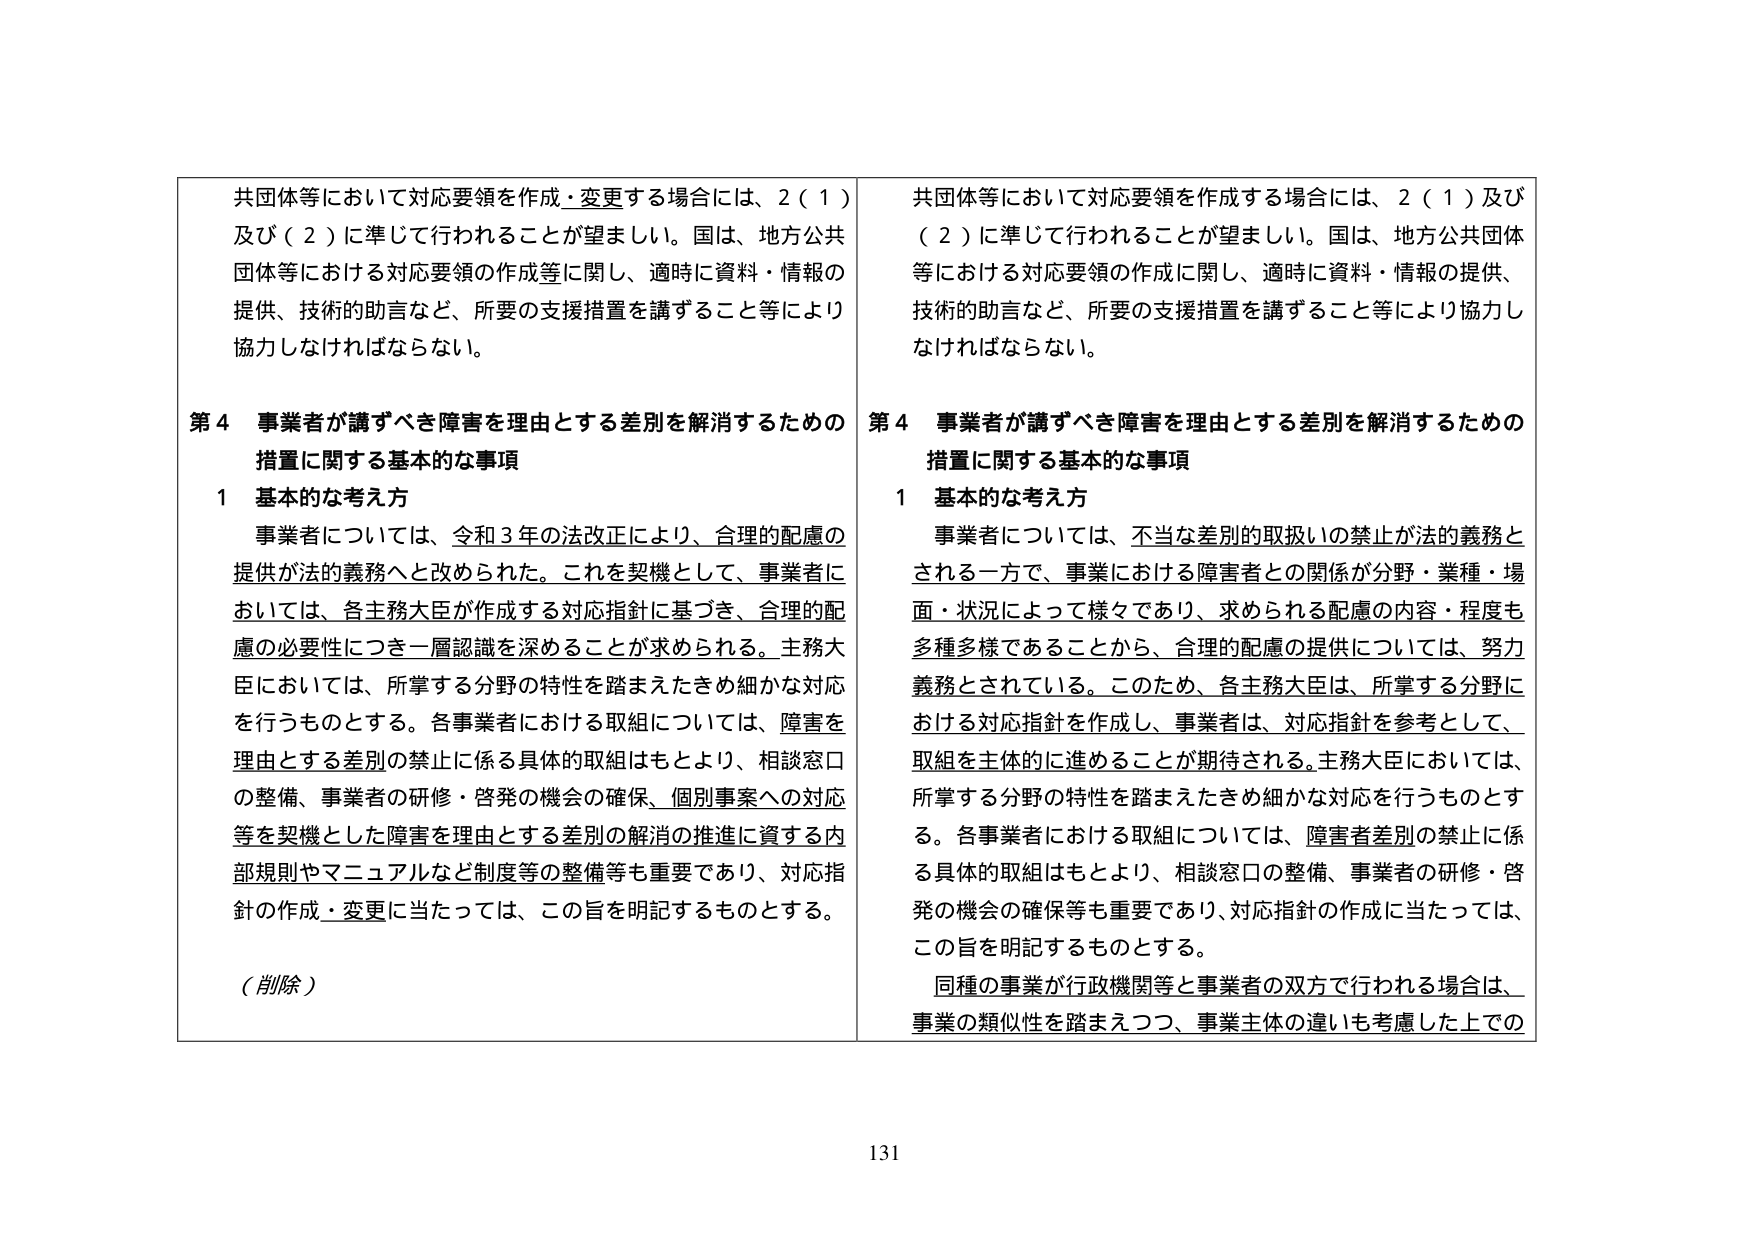
共団体等において対応要領を作成・変更する場合には、2（1）及び（2）に準じて行われることが望ましい。国は、地方公共団体等における対応要領の作成等に関し、適時に資料・情報の提供、技術的助言など、所要の支援措置を講ずること等により協力しなければならない。

第4 事業者が講ずべき障害を理由とする差別を解消するための措置に関する基本的な事項

1 基本的な考え方

事業者については、令和3年の法改正により、合理的配慮の提供が法的義務へと改められた。これを契機として、事業者においては、各主務大臣が作成する対応指針に基づき、合理的配慮の必要性につき一層認識を深めることが求められる。主務大臣においては、所掌する分野の特性を踏まえたきめ細かな対応を行うものとする。各事業者における取組については、障害を理由とする差別の禁止に係る具体的取組はもとより、相談窓口の整備、事業者の研修・啓発の機会の確保、個別事案への対応等を契機とした障害を理由とする差別の解消の推進に資する内部規則やマニュアルなど制度等の整備等も重要であり、対応指針の作成・変更に当たっては、この旨を明記するものとする。

（削除）

共団体等において対応要領を作成する場合には、2（1）及び（2）に準じて行われることが望ましい。国は、地方公共団体等における対応要領の作成に関し、適時に資料・情報の提供、技術的助言など、所要の支援措置を講ずること等により協力しなければならない。

第4 事業者が講ずべき障害を理由とする差別を解消するための措置に関する基本的な事項

1 基本的な考え方

事業者については、不当な差別的取扱いの禁止が法的義務とされる一方で、事業における障害者との関係が分野・業種・場面・状況によって様々であり、求められる配慮の内容・程度も多種多様であることから、合理的配慮の提供については、努力義務とされている。このため、各主務大臣は、所掌する分野における対応指針を作成し、事業者は、対応指針を参考として、取組を主体的に進めることが期待される。主務大臣においては、所掌する分野の特性を踏まえたきめ細かな対応を行うものとする。各事業者における取組については、障害者差別の禁止に係る具体的取組はもとより、相談窓口の整備、事業者の研修・啓発の機会の確保等も重要であり、対応指針の作成に当たっては、この旨を明記するものとする。

同種の事業が行政機関等と事業者の双方で行われる場合は、事業の類似性を踏まえつつ、事業主体の違いも考慮した上で

131